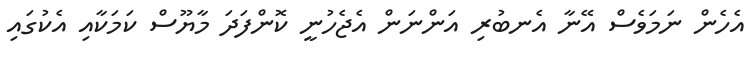
އެހެން ނަމަވެސް އޭނާ އެނބުރި އަންނަން އެޖެހުނީ ކޮންފަދަ މާޔޫސް ކަމަކާއި އެކުގައި